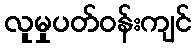
လူမှုပတ်ဝန်းကျင်